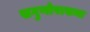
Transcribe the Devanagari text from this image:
सगुणोपासना